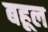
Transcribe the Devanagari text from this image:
बहूल